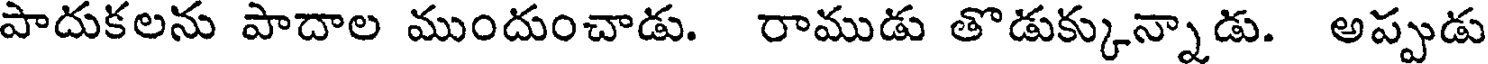
పాదుకలను పాదాల ముందుంచాడు. రాముడు తొడుక్కున్నాడు. అప్పుడు